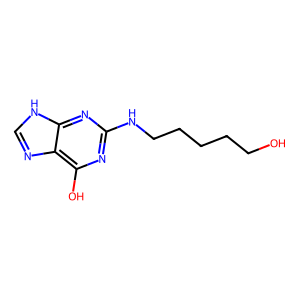
SMILES: OCCCCCNc1nc(O)c2nc[nH]c2n1
Inhibits HIV replication: No